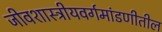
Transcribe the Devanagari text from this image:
जीवशास्त्रीयवर्गमांडणीतील